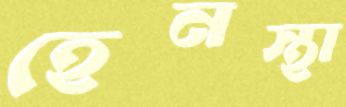
হেনস্থা